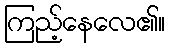
ကြည့်နေလေ၏။